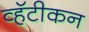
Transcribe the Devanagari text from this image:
व्हॅटीकन